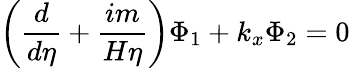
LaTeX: \left(\frac d{d\eta}+\frac{im}{H\eta}\right)\Phi_{1}+k_{x}\Phi_{2}=0